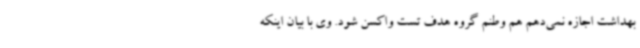
بهداشت اجازه نمی‌دهم هم وطنم گروه هدف تست واکسن شود. وی با بیان اینکه